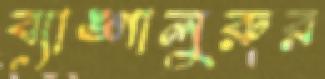
ব্যাঙ্গালুরুর